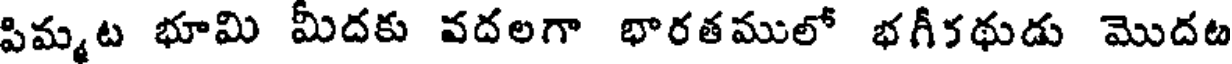
పిమ్మట భూమి మీదకు వదలగా భారతములో భగీకథుడు మొదట